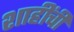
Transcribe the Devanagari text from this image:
शाहींची